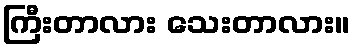
ကြီးတာလား သေးတာလား။